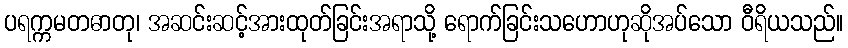
ပရက္ကမတဓာတု၊ အဆင်းဆင့်အားထုတ်ခြင်းအရာသို့ ရောက်ခြင်းသဟောဟုဆိုအပ်သော ဝီရိယသည်။